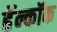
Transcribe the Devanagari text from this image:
हॅन्कॉक